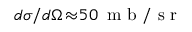
d \sigma / d \Omega \! \approx \! 5 0 \, \mathrm { ~ m ~ b ~ / ~ s ~ r ~ }